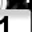
Digit: 1